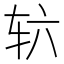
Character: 𮝳